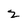
Character: Z